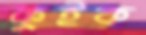
কুইক